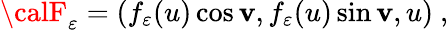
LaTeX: {\calF}_{\varepsilon}=(f_{\varepsilon}(u)\cos\mathbf{v},f_{\varepsilon}(u)\sin\mathbf{v},u)~,